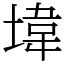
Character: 㙔